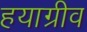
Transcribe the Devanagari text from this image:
हयाग्रीव